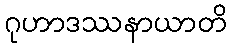
ဂုဟာဒဿနာယာတိ